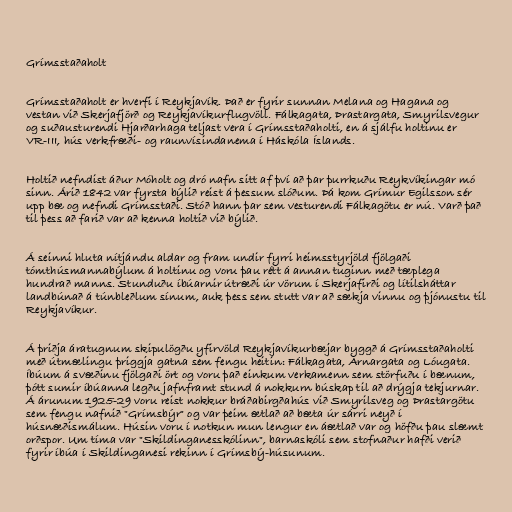
Grímsstaðaholt

Grímsstaðaholt er hverfi í Reykjavík. Það er fyrir sunnan Melana og Hagana og
vestan við Skerjafjörð og Reykjavíkurflugvöll. Fálkagata, Þrastargata, Smyrilsvegur
og suðausturendi Hjarðarhaga teljast vera í Grímsstaðaholti, en á sjálfu holtinu er
VR-III, hús verkfræði- og raunvísindanema í Háskóla Íslands.

Holtið nefndist áður Móholt og dró nafn sitt af því að þar þurrkuðu Reykvíkingar mó
sinn. Árið 1842 var fyrsta býlið reist á þessum slóðum. Þá kom Grímur Egilsson sér
upp bæ og nefndi Grímsstaði. Stóð hann þar sem vesturendi Fálkagötu er nú. Varð það
til þess að farið var að kenna holtið við býlið.

Á seinni hluta nítjándu aldar og fram undir fyrri heimsstyrjöld fjölgaði
tómthúsmannabýlum á holtinu og voru þau rétt á annan tuginn með tæplega
hundrað manns. Stunduðu íbúarnir útræði úr vörum í Skerjafirði og lítilsháttar
landbúnað á túnbleðlum sínum, auk þess sem stutt var að sækja vinnu og þjónustu til
Reykjavíkur.

Á þriðja áratugnum skipulögðu yfirvöld Reykjavíkurbæjar byggð á Grímsstaðaholti
með útmælingu þriggja gatna sem fengu heitin: Fálkagata, Arnargata og Lóugata.
Íbúum á svæðinu fjölgaði ört og voru það einkum verkamenn sem störfuðu í bænum,
þótt sumir íbúanna legðu jafnframt stund á nokkurn búskap til að drýgja tekjurnar.
Á árunum 1925-29 voru reist nokkur bráðabirgðahús við Smyrilsveg og Þrastargötu
sem fengu nafnið "Grímsbýr" og var þeim ætlað að bæta úr sárri neyð í
húsnæðismálum. Húsin voru í notkun mun lengur en áætlað var og höfðu þau slæmt
orðspor. Um tíma var "Skildinganesskólinn", barnaskóli sem stofnaður hafði verið
fyrir íbúa í Skildinganesi rekinn í Grímsbý-húsunum.